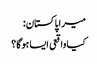
میرا پاکستان:
کیا واقعی ایسا ہوگا؟